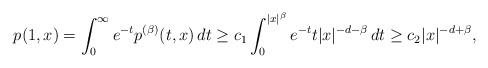
LaTeX: \begin{align*} p(1,x)=\int_0^\infty e^{-t} p^{(\beta)}(t,x)\,dt\geq c_1 \int_0^{|x|^\beta} e^{-t} t|x|^{-d-\beta}\,dt\geq c_2|x|^{-d+\beta},\end{align*}